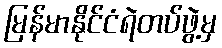
မြန်မာနိုင်ငံရဲတပ်ဖွဲ့မှ